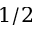
1 / 2